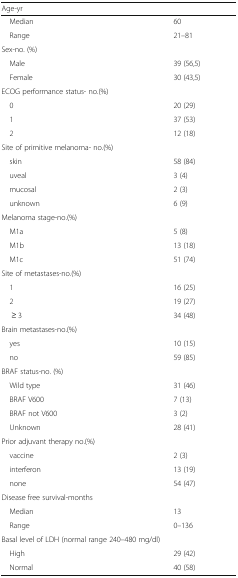
<table><thead><tr><td colspan="2"><b>Age-yr</b></td></tr></thead><tbody><tr><td> Median</td><td>60</td></tr><tr><td> Range</td><td>21–81</td></tr><tr><td colspan="2">Sex-no. (%)</td></tr><tr><td> Male</td><td>39 (56,5)</td></tr><tr><td> Female</td><td>30 (43,5)</td></tr><tr><td colspan="2">ECOG performance status- no.(%)</td></tr><tr><td> 0</td><td>20 (29)</td></tr><tr><td> 1</td><td>37 (53)</td></tr><tr><td> 2</td><td>12 (18)</td></tr><tr><td colspan="2">Site of primitive melanoma- no.(%)</td></tr><tr><td> skin</td><td>58 (84)</td></tr><tr><td> uveal</td><td>3 (4)</td></tr><tr><td> mucosal</td><td>2 (3)</td></tr><tr><td> unknown</td><td>6 (9)</td></tr><tr><td colspan="2">Melanoma stage-no.(%)</td></tr><tr><td> M1a</td><td>5 (8)</td></tr><tr><td> M1b</td><td>13 (18)</td></tr><tr><td> M1c</td><td>51 (74)</td></tr><tr><td colspan="2">Site of metastases-no.(%)</td></tr><tr><td> 1</td><td>16 (25)</td></tr><tr><td> 2</td><td>19 (27)</td></tr><tr><td>≥ 3</td><td>34 (48)</td></tr><tr><td colspan="2">Brain metastases-no.(%)</td></tr><tr><td> yes</td><td>10 (15)</td></tr><tr><td> no</td><td>59 (85)</td></tr><tr><td colspan="2">BRAF status-no. (%)</td></tr><tr><td> Wild type</td><td>31 (46)</td></tr><tr><td> BRAF V600</td><td>7 (13)</td></tr><tr><td> BRAF not V600</td><td>3 (2)</td></tr><tr><td> Unknown</td><td>28 (41)</td></tr><tr><td colspan="2">Prior adjuvant therapy no.(%)</td></tr><tr><td> vaccine</td><td>2 (3)</td></tr><tr><td> interferon</td><td>13 (19)</td></tr><tr><td> none</td><td>54 (47)</td></tr><tr><td colspan="2">Disease free survival-months</td></tr><tr><td> Median</td><td>13</td></tr><tr><td> Range</td><td>0–136</td></tr><tr><td colspan="2">Basal level of LDH (normal range 240–480 mg/dl)</td></tr><tr><td> High</td><td>29 (42)</td></tr><tr><td> Normal</td><td>40 (58)</td></tr></tbody></table>